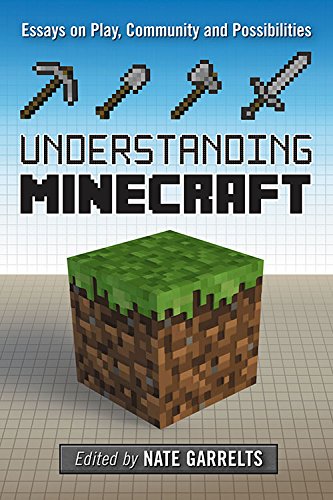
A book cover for Understanding Minecraft: Essays on Play, Community and Possibilities (Minedraft); Nate Garrelts; Humor & Entertainment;